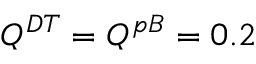
Q ^ { D T } = Q ^ { p B } = 0 . 2